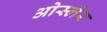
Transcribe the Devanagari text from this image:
ओस्लेर